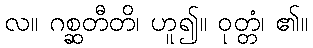
လ။ ဂစ္ဆတီတိ၊ ဟူ၍။ ဝုတ္တံ၊ ၏။